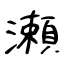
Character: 瀬